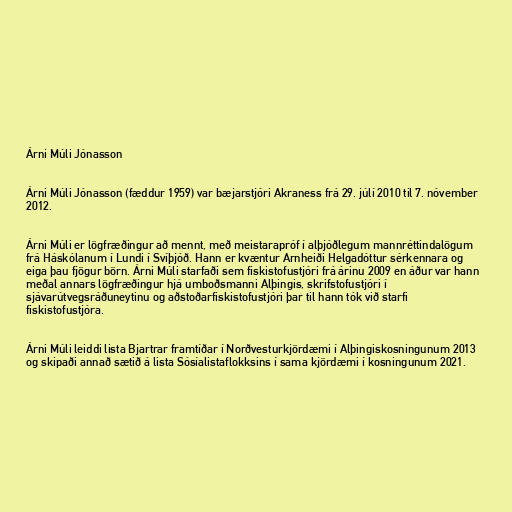
Árni Múli Jónasson

Árni Múli Jónasson (fæddur 1959) var bæjarstjóri Akraness frá 29. júlí 2010 til 7. nóvember
2012.

Árni Múli er lögfræðingur að mennt, með meistarapróf í alþjóðlegum mannréttindalögum
frá Háskólanum í Lundi í Svíþjóð. Hann er kvæntur Arnheiði Helgadóttur sérkennara og
eiga þau fjögur börn. Árni Múli starfaði sem fiskistofustjóri frá árinu 2009 en áður var hann
meðal annars lögfræðingur hjá umboðsmanni Alþingis, skrifstofustjóri í
sjávarútvegsráðuneytinu og aðstoðarfiskistofustjóri þar til hann tók við starfi
fiskistofustjóra.

Árni Múli leiddi lista Bjartrar framtíðar í Norðvesturkjördæmi í Alþingiskosningunum 2013
og skipaði annað sætið á lista Sósíalistaflokksins í sama kjördæmi í kosningunum 2021.